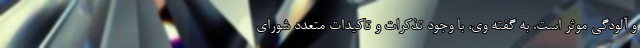
و آلودگی موثر است. به گفته وی، با وجود تذکرات و تاکیدات متعدد شورای